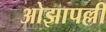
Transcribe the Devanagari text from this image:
ओझापल्ली